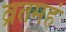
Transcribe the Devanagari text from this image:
व्रतमहं